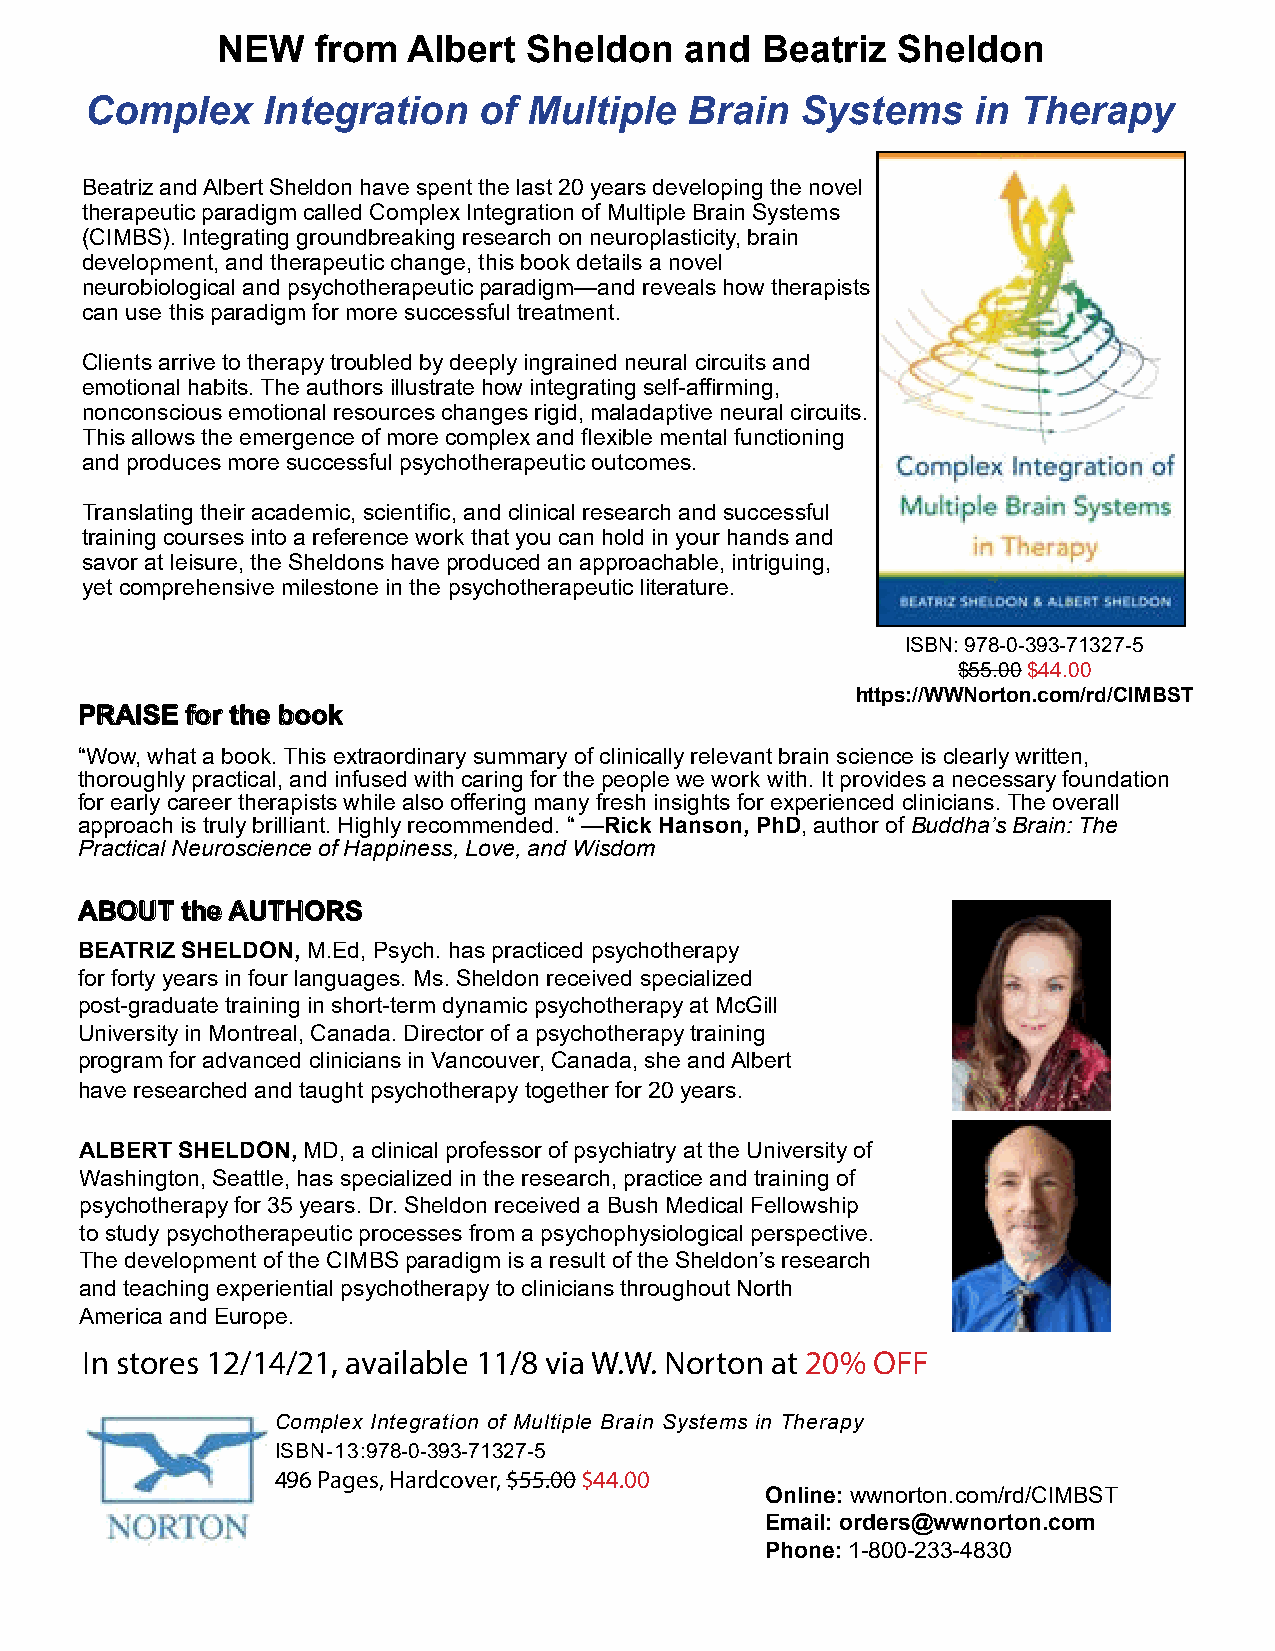
NEW    from  Albert  Sheldon   and  Beatriz  Sheldon
 Complex    Integration    of Multiple   Brain  Systems    in  Therapy
 Beatriz and Albert Sheldon have spent the last 20 years developing the novel
 therapeutic paradigm called Complex Integration of Multiple Brain Systems
 (CIMBS). Integrating groundbreaking research on neuroplasticity, brain
 development, and therapeutic change, this book details a novel
 neurobiological and psychotherapeutic paradigm—and reveals how therapists
 can use this paradigm for more successful treatment.
 Clients arrive to therapy troubled by deeply ingrained neural circuits and
 emotional habits. The authors illustrate how integrating self-affirming,
 nonconscious emotional resources changes rigid, maladaptive neural circuits.
 This allows the emergence of more complex and flexible mental functioning
 and produces more successful psychotherapeutic outcomes.
 Translating their academic, scientific, and clinical research and successful
 training courses into a reference work that you can hold in your hands and
 savor at leisure, the Sheldons have produced an approachable, intriguing,
 yet comprehensive milestone in the psychotherapeutic literature.
 ISBN: 978-0-393-71327-5
 $55.00 $44.00
 https://WWNorton.com/rd/CIMBST
 PPRRAAIISSEE ffoorr tthhee bbooookk
 “Wow, what a book. This extraordinary summary of clinically relevant brain science is clearly written,
 thoroughly practical, and infused with caring for the people we work with. It provides a necessary foundation
 for early career therapists while also offering many fresh insights for experienced clinicians. The overall
 approach is truly brilliant. Highly recommended. “ —Rick Hanson, PhD, author of Buddha’s Brain: The
 Practical Neuroscience of Happiness, Love, and Wisdom
 AABBOOUUTT tthhee AAUUTTHHOORRSS
 BEATRIZ SHELDON, M.Ed, Psych. has practiced psychotherapy
 for forty years in four languages. Ms. Sheldon received specialized
 post-graduate training in short-term dynamic psychotherapy at McGill
 University in Montreal, Canada. Director of a psychotherapy training
 program for advanced clinicians in Vancouver, Canada, she and Albert
 have researched and taught psychotherapy together for 20 years.
 ALBERT SHELDON, MD, a clinical professor of psychiatry at the University of
 Washington, Seattle, has specialized in the research, practice and training of
 psychotherapy for 35 years. Dr. Sheldon received a Bush Medical Fellowship
 to study psychotherapeutic processes from a psychophysiological perspective.
 The development of the CIMBS paradigm is a result of the Sheldon’s research
 and teaching experiential psychotherapy to clinicians throughout North
 America and Europe.
 In stores 12/14/21, available 11/8 via W.W. Norton at 20% OFF
 Complex Integration of Multiple Brain Systems in Therapy
 ISBN-13:978-0-393-71327-5
 496 Pages, Hardcover, $55.00 $44.00
 Online: wwnorton.com/rd/CIMBST
 Email: orders@wwnorton.com
 Phone: 1-800-233-4830